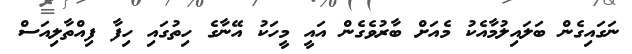
ނަގައިގެން ބަލައިލުމާއެކު މެއަށް ބާރުވެގެން އައީ މީހަކު އޭނާގެ ހިތުގައި ހިފާ ފިއްތާލިއަސް